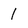
Character: 1